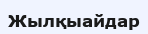
Жылқыайдар